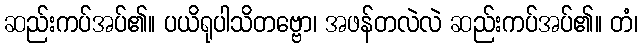
ဆည်းကပ်အပ်၏။ ပယိရုပါသိတဗ္ဗော၊ အဖန်တလဲလဲ ဆည်းကပ်အပ်၏။ တံ၊